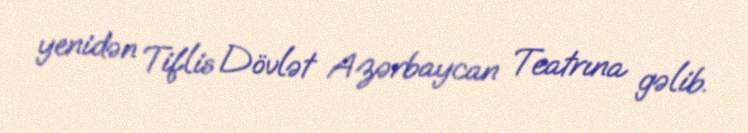
yenidən Tiflis Dövlət Azərbaycan Teatrına gəlib.